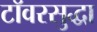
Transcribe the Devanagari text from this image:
टॉवरसुद्धा